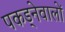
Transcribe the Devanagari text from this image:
पकड्नेवालों